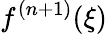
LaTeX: f^{(n+1)}(\xi)